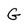
Character: G